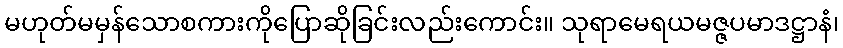
မဟုတ်မမှန်သောစကားကိုပြောဆိုခြင်းလည်းကောင်း။ သုရာမေရယမဇ္ဇပမာဒဋ္ဌာနံ၊